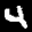
Label: 4